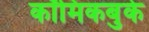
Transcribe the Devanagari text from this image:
कॉमिकबुके